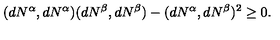
( d N ^ { \alpha } , d N ^ { \alpha } ) ( d N ^ { \beta } , d N ^ { \beta } ) - ( d N ^ { \alpha } , d N ^ { \beta } ) ^ { 2 } \geq 0 .